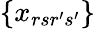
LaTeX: \{ x_{rsr^{\prime}s^{\prime}}\}